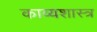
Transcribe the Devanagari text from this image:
काव्‍यशास्‍त्र